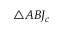
\triangle A B J _ { c }